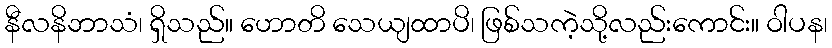
နီလနိဘာသံ၊ ရှိသည်။ ဟောတိ သေယျထာပိ၊ ဖြစ်သကဲ့သို့လည်းကောင်း။ ဝါပန၊